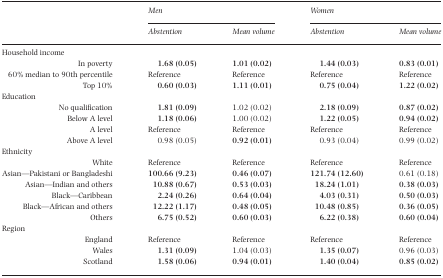
<table><thead><tr><td></td><td></td><td colspan="2"><b><i>Men</i></b></td><td colspan="2"><b><i>Women</i></b></td></tr><tr><td></td><td></td><td><b><i>Abstention</i></b></td><td><b><i>Mean volume</i></b></td><td><b><i>Abstention</i></b></td><td><b><i>Mean volume</i></b></td></tr></thead><tbody><tr><td colspan="6">Household income</td></tr><tr><td></td><td>In poverty</td><td><b>1.68 (0.05)</b></td><td><b>1.01 (0.02)</b></td><td><b>1.44 (0.03)</b></td><td><b>0.83 (0.01)</b></td></tr><tr><td></td><td>60% median to 90th percentile</td><td>Reference</td><td>Reference</td><td>Reference</td><td>Reference</td></tr><tr><td></td><td>Top 10%</td><td><b>0.60 (0.03)</b></td><td><b>1.11 (0.01)</b></td><td><b>0.75 (0.04)</b></td><td><b>1.22 (0.02)</b></td></tr><tr><td colspan="6">Education</td></tr><tr><td></td><td>No qualification</td><td><b>1.81 (0.09)</b></td><td>1.02 (0.02)</td><td><b>2.18 (0.09)</b></td><td><b>0.87 (0.02)</b></td></tr><tr><td></td><td>Below A level</td><td><b>1.18 (0.06)</b></td><td>1.00 (0.02)</td><td><b>1.22 (0.05)</b></td><td><b>0.94 (0.02)</b></td></tr><tr><td></td><td>A level</td><td>Reference</td><td>Reference</td><td>Reference</td><td>Reference</td></tr><tr><td></td><td>Above A level</td><td>0.98 (0.05)</td><td><b>0.92 (0.01)</b></td><td>0.93 (0.04)</td><td>0.99 (0.02)</td></tr><tr><td colspan="6">Ethnicity</td></tr><tr><td></td><td>White</td><td>Reference</td><td>Reference</td><td>Reference</td><td>Reference</td></tr><tr><td></td><td>Asian—Pakistani or Bangladeshi</td><td><b>100.66 (9.23)</b></td><td><b>0.46 (0.07)</b></td><td><b>121.74 (12.60)</b></td><td>0.61 (0.18)</td></tr><tr><td></td><td>Asian—Indian and others</td><td><b>10.88 (0.67)</b></td><td><b>0.53 (0.03)</b></td><td><b>18.24 (1.01)</b></td><td><b>0.38 (0.03)</b></td></tr><tr><td></td><td>Black—Caribbean</td><td><b>2.24 (0.26)</b></td><td><b>0.64 (0.04)</b></td><td><b>4.03 (0.31)</b></td><td><b>0.50 (0.03)</b></td></tr><tr><td></td><td>Black—African and others</td><td><b>12.22 (1.17)</b></td><td><b>0.48 (0.05)</b></td><td><b>10.48 (0.85)</b></td><td><b>0.36 (0.05)</b></td></tr><tr><td></td><td>Others</td><td><b>6.75 (0.52)</b></td><td><b>0.60 (0.03)</b></td><td><b>6.22 (0.38)</b></td><td><b>0.60 (0.04)</b></td></tr><tr><td colspan="6">Region</td></tr><tr><td></td><td>England</td><td>Reference</td><td>Reference</td><td>Reference</td><td>Reference</td></tr><tr><td></td><td>Wales</td><td><b>1.31 (0.09)</b></td><td>1.04 (0.03)</td><td><b>1.35 (0.07)</b></td><td>0.96 (0.03)</td></tr><tr><td></td><td>Scotland</td><td><b>1.58 (0.06)</b></td><td><b>0.94 (0.01)</b></td><td><b>1.40 (0.04)</b></td><td><b>0.85 (0.02)</b></td></tr></tbody></table>